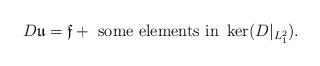
LaTeX: \begin{align*}D \mathfrak{u}=\mathfrak{f}+\mbox{ some elements in }\ker(D|_{L^2_1}).\end{align*}